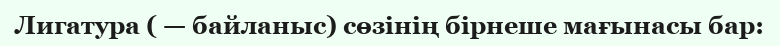
Лигатура ( — байланыс) сөзінің бірнеше мағынасы бар: